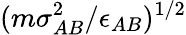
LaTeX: (m\sigma_{AB}^{2}/\epsilon_{AB})^{1/2}